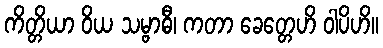
ကိတ္တိယာ ဝိယ သမ္ဗာဓီ၊ ကတာ ခေတ္တေဟိ ဝါပိဟိ။